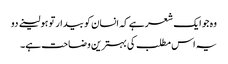
وہ جو ایک شعر ہے کہ انسان کو بیدار تو ہو لینے دو
یہ اس مطلب کی بہترین وضاحت ہے۔